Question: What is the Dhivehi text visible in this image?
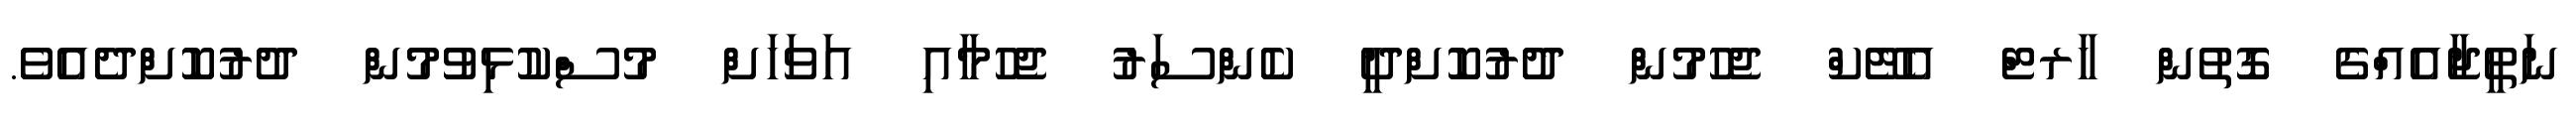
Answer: ނަތީޖާއެއްގެ ގޮތުން ހާރޓް އެޓޭކް ޖެހުމުން ދުރުކޮށްދީ ކެންސަރު ޖެހުމާއި އަވަހަށް މުސްކުޅިވުމުން ދުރުކޮށްދެއެވެ.